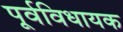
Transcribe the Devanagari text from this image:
पूर्वविधायक